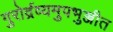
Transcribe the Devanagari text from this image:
गुरोर्द्रव्यमुपभुञ्जीत